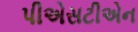
પીએસટીએન